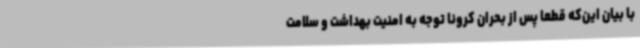
با بیان این‌که قطعا پس از بحران کرونا توجه به امنیت بهداشت و سلامت